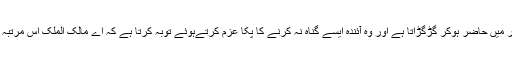
اسی لیے وہ فوری طور پر اللہ کریم کے دربار میں حاضر ہوکر گڑگڑاتا ہے اور وہ آئندہ ایسے گناہ نہ کرنے کا پکا عزم کرتےہوئے توبہ کرتا ہے کہ اے مالک الملک اس مرتبہ معاف کردے آئندہ میں ایسا کبھی نہ کروں گا۔